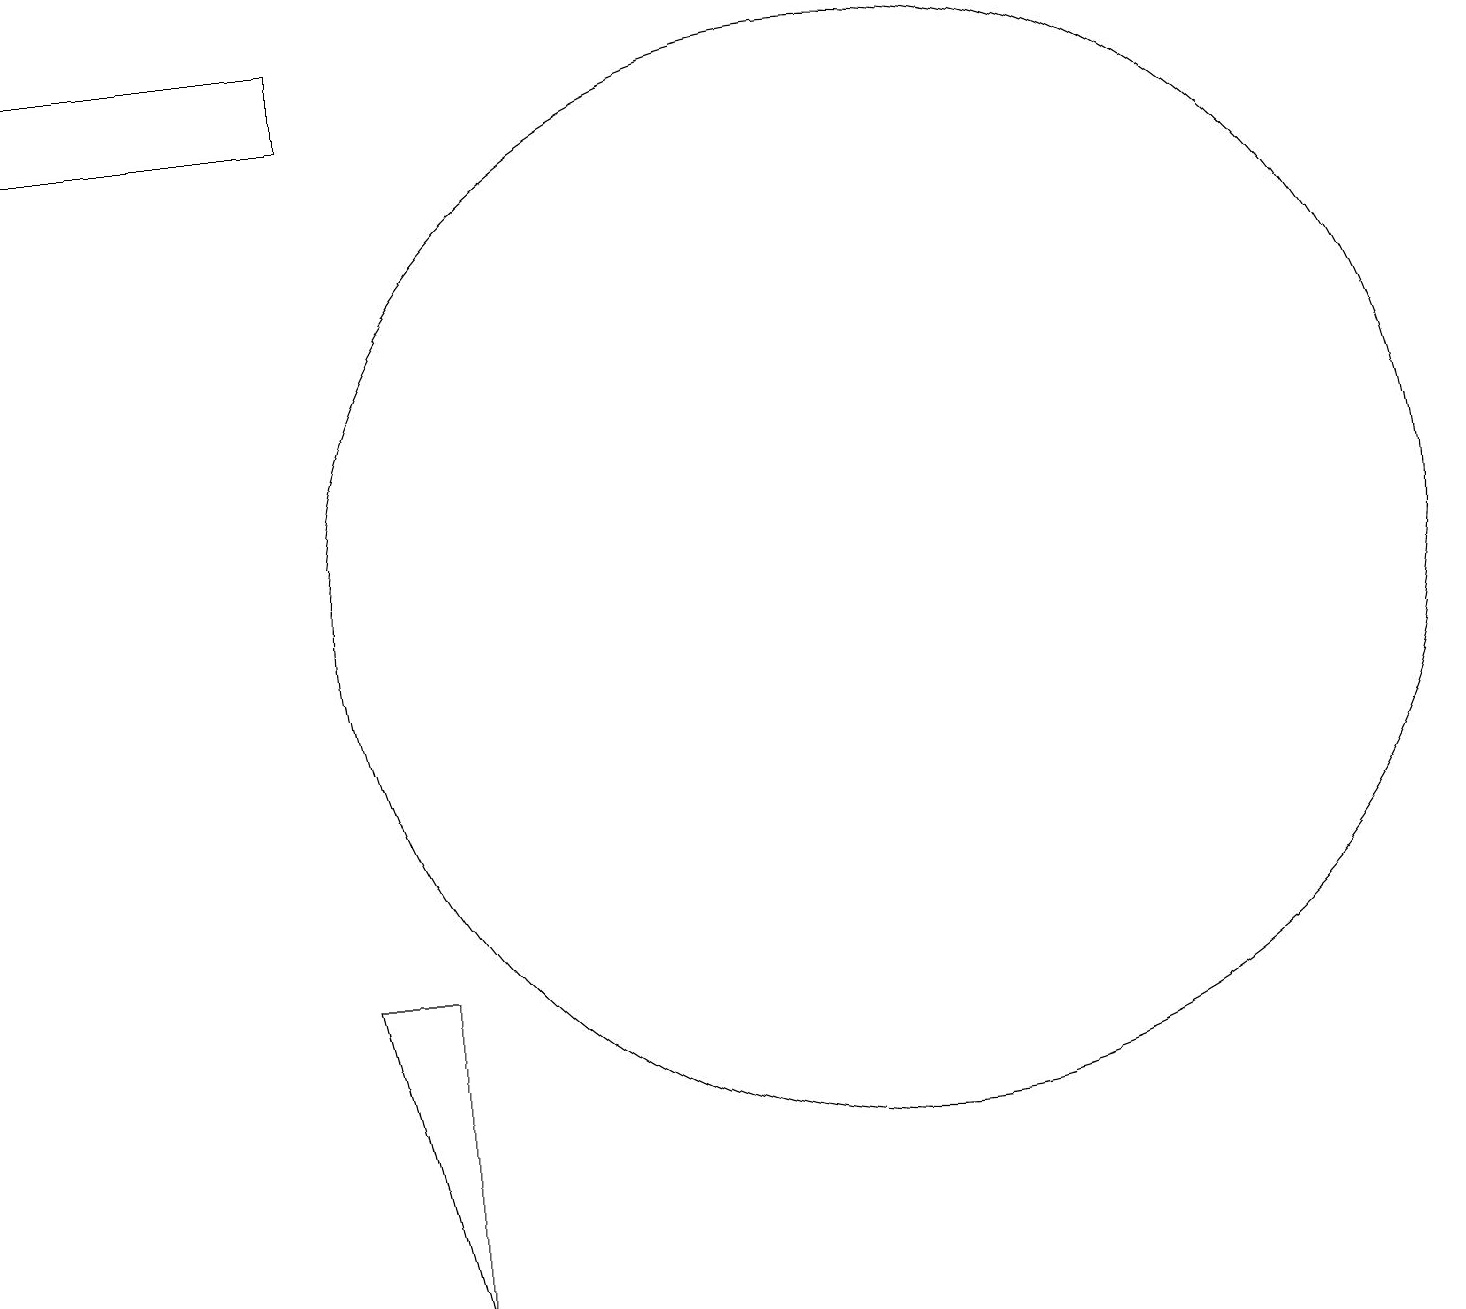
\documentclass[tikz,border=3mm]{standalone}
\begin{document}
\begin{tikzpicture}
\draw (4,18) rectangle (0,17);
\draw (4,6) -- (5,6) -- (5,2) -- cycle;
\draw (11,11) circle (7);
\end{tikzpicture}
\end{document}